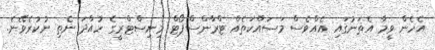
އެހެން ވީމާ އެތަނުގައި އެއްވެސް މަސައްކަތެއް ޓްރާންސްޕޯޓް މިނިސްޓްރީގެ ހުއްދަ ނެތި ނުކުރެވޭނެ.